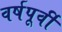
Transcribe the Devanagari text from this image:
वर्षपूर्वी